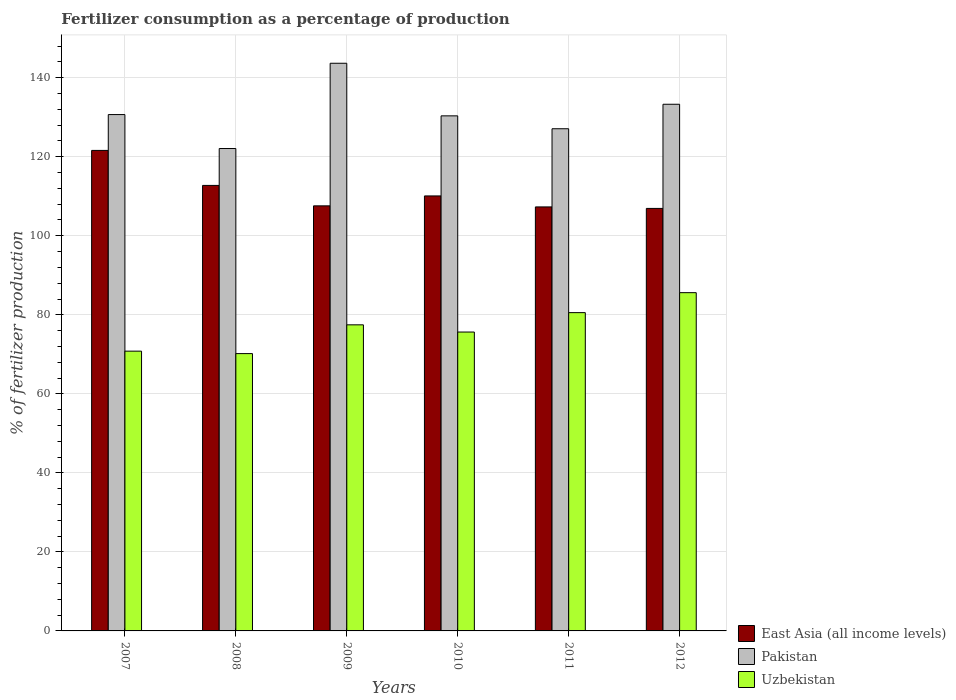
| Years | East Asia (all income levels) | Pakistan | Uzbekistan |
 | --- | --- | --- | --- |
 | 2007 | 122 | 131 | 70.8 |
 | 2008 | 113 | 122 | 70.2 |
 | 2009 | 108 | 144 | 77.5 |
 | 2010 | 110 | 130 | 75.6 |
 | 2011 | 107 | 127 | 80.6 |
 | 2012 | 107 | 133 | 85.6 |